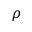
\rho